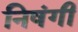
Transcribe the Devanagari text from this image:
निषंगी